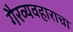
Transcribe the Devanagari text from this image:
गैरव्यवहाराचा